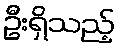
ဦးရှိသည့်